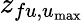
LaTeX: z_{fu,u_{\mathrm{max}}}